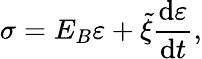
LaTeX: \sigma=E_{B}\varepsilon+\tilde{\xi}\frac{\mathrm{d}\varepsilon}{\mathrm{d}t},